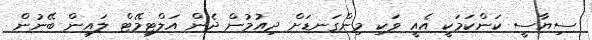
ސިޔާސީ ކަންކަމަކީ އެއީ ވަކި މިންގަނޑަށް ދިއުމުން ދެން އަލްޓިމޭޓް ލައިން ބޭނުން